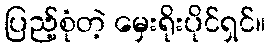
ပြည့်စုံတဲ့ မှေးရိုးပိုင်ရှင်။